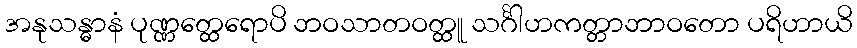
အနုသန္ဓာနံ ပုဏ္ဏတ္ထေရောပိ ဘဝသာတဝတ္ထူ သင်္ဂါဟကတ္တာဘာဝတော ပရိဟာယိ